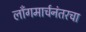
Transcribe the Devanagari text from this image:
लाँगमार्चनंतरचा